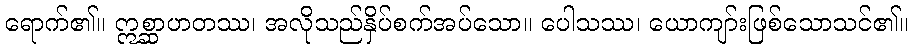
ရောက်၏။ ဣစ္ဆာဟတဿ၊ အလိုသည်နှိပ်စက်အပ်သော။ ပေါသဿ၊ ယောကျာ်းဖြစ်သောသင်၏။